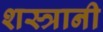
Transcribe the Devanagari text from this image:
शस्त्रानी